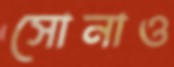
সোনাও